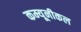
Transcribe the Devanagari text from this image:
कम्यूनीकल